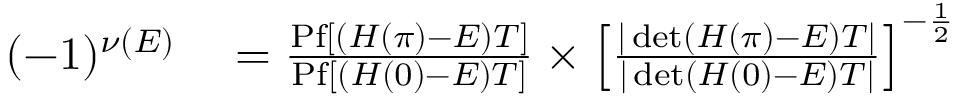
\begin{array} { r l } { ( - 1 ) ^ { \nu ( E ) } } & { { } = \frac { \mathrm { P f } [ ( H ( \pi ) - E ) T ] } { \mathrm { P f } [ ( H ( 0 ) - E ) T ] } \times \left[ \frac { | \operatorname* { d e t } ( H ( \pi ) - E ) T | } { | \operatorname* { d e t } ( H ( 0 ) - E ) T | } \right] ^ { - \frac { 1 } { 2 } } } \end{array}